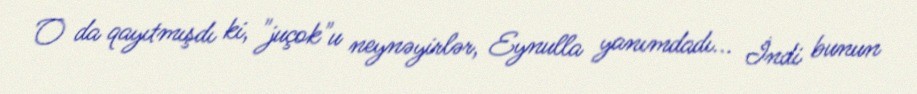
O da qayıtmışdı ki, "juçok"u neynəyirlər, Eynulla yanımdadı... İndi bunun